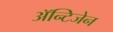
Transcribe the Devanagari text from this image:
अॅन्टिजेन